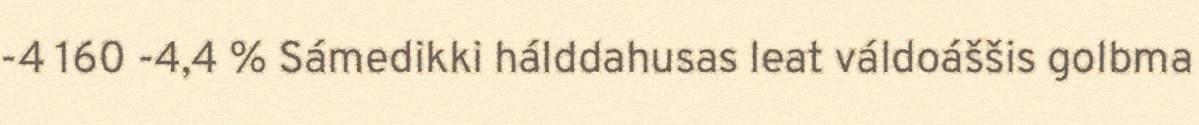
-4 160 -4,4 % Sámedikki hálddahusas leat váldoáššis golbma